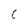
Character: C